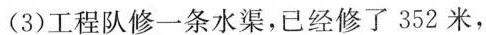
(3)工程队修一条水渠，已经修了352米，